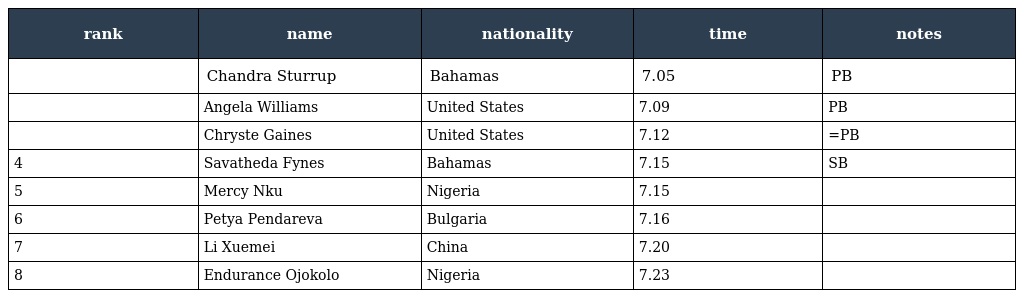
| rank | name | nationality | time | notes |
 | --- | --- | --- | --- | --- |
 |  | Chandra Sturrup | Bahamas | 7.05 | PB |
 |  | Angela Williams | United States | 7.09 | PB |
 |  | Chryste Gaines | United States | 7.12 | =PB |
 | 4 | Savatheda Fynes | Bahamas | 7.15 | SB |
 | 5 | Mercy Nku | Nigeria | 7.15 |  |
 | 6 | Petya Pendareva | Bulgaria | 7.16 |  |
 | 7 | Li Xuemei | China | 7.20 |  |
 | 8 | Endurance Ojokolo | Nigeria | 7.23 |  |